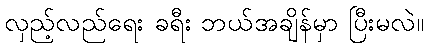
လှည့်လည်ရေး ခရီး ဘယ်အချိန်မှာ ပြီးမလဲ။